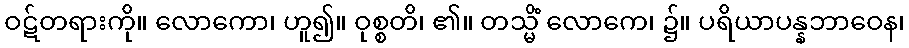
ဝဋ်တရားကို။ လောကော၊ ဟူ၍။ ဝုစ္စတိ၊ ၏။ တသ္မိံ လောကေ၊ ၌။ ပရိယာပန္နဘာဝေန၊